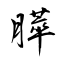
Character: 膵